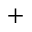
^ +